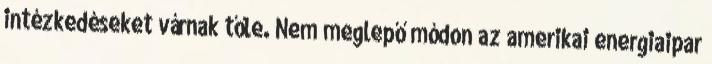
intézkedéseket várnak tőle. Nem meglepő módon az amerikai energiaipar